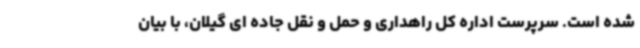
شده است. سرپرست اداره کل راهداری و حمل و نقل جاده ای گیلان، با بیان